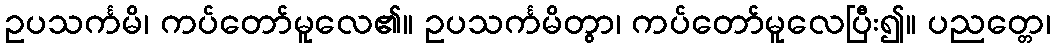
ဥပသင်္ကမိ၊ ကပ်တော်မူလေ၏။ ဥပသင်္ကမိတွာ၊ ကပ်တော်မူလေပြီး၍။ ပညတ္တေ၊